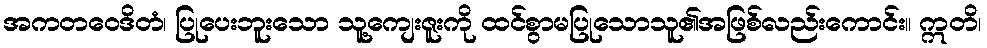
အကတဝေဒိတံ၊ ပြုပေးဘူးသော သူ့ကျေးဇူးကို ထင်စွာမပြုသောသူ၏အဖြစ်လည်းကောင်း။ ဣတိ၊